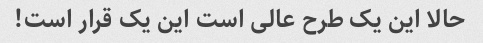
حالا این یک طرح عالی است این یک قرار است!